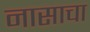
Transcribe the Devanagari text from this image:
नासाचा